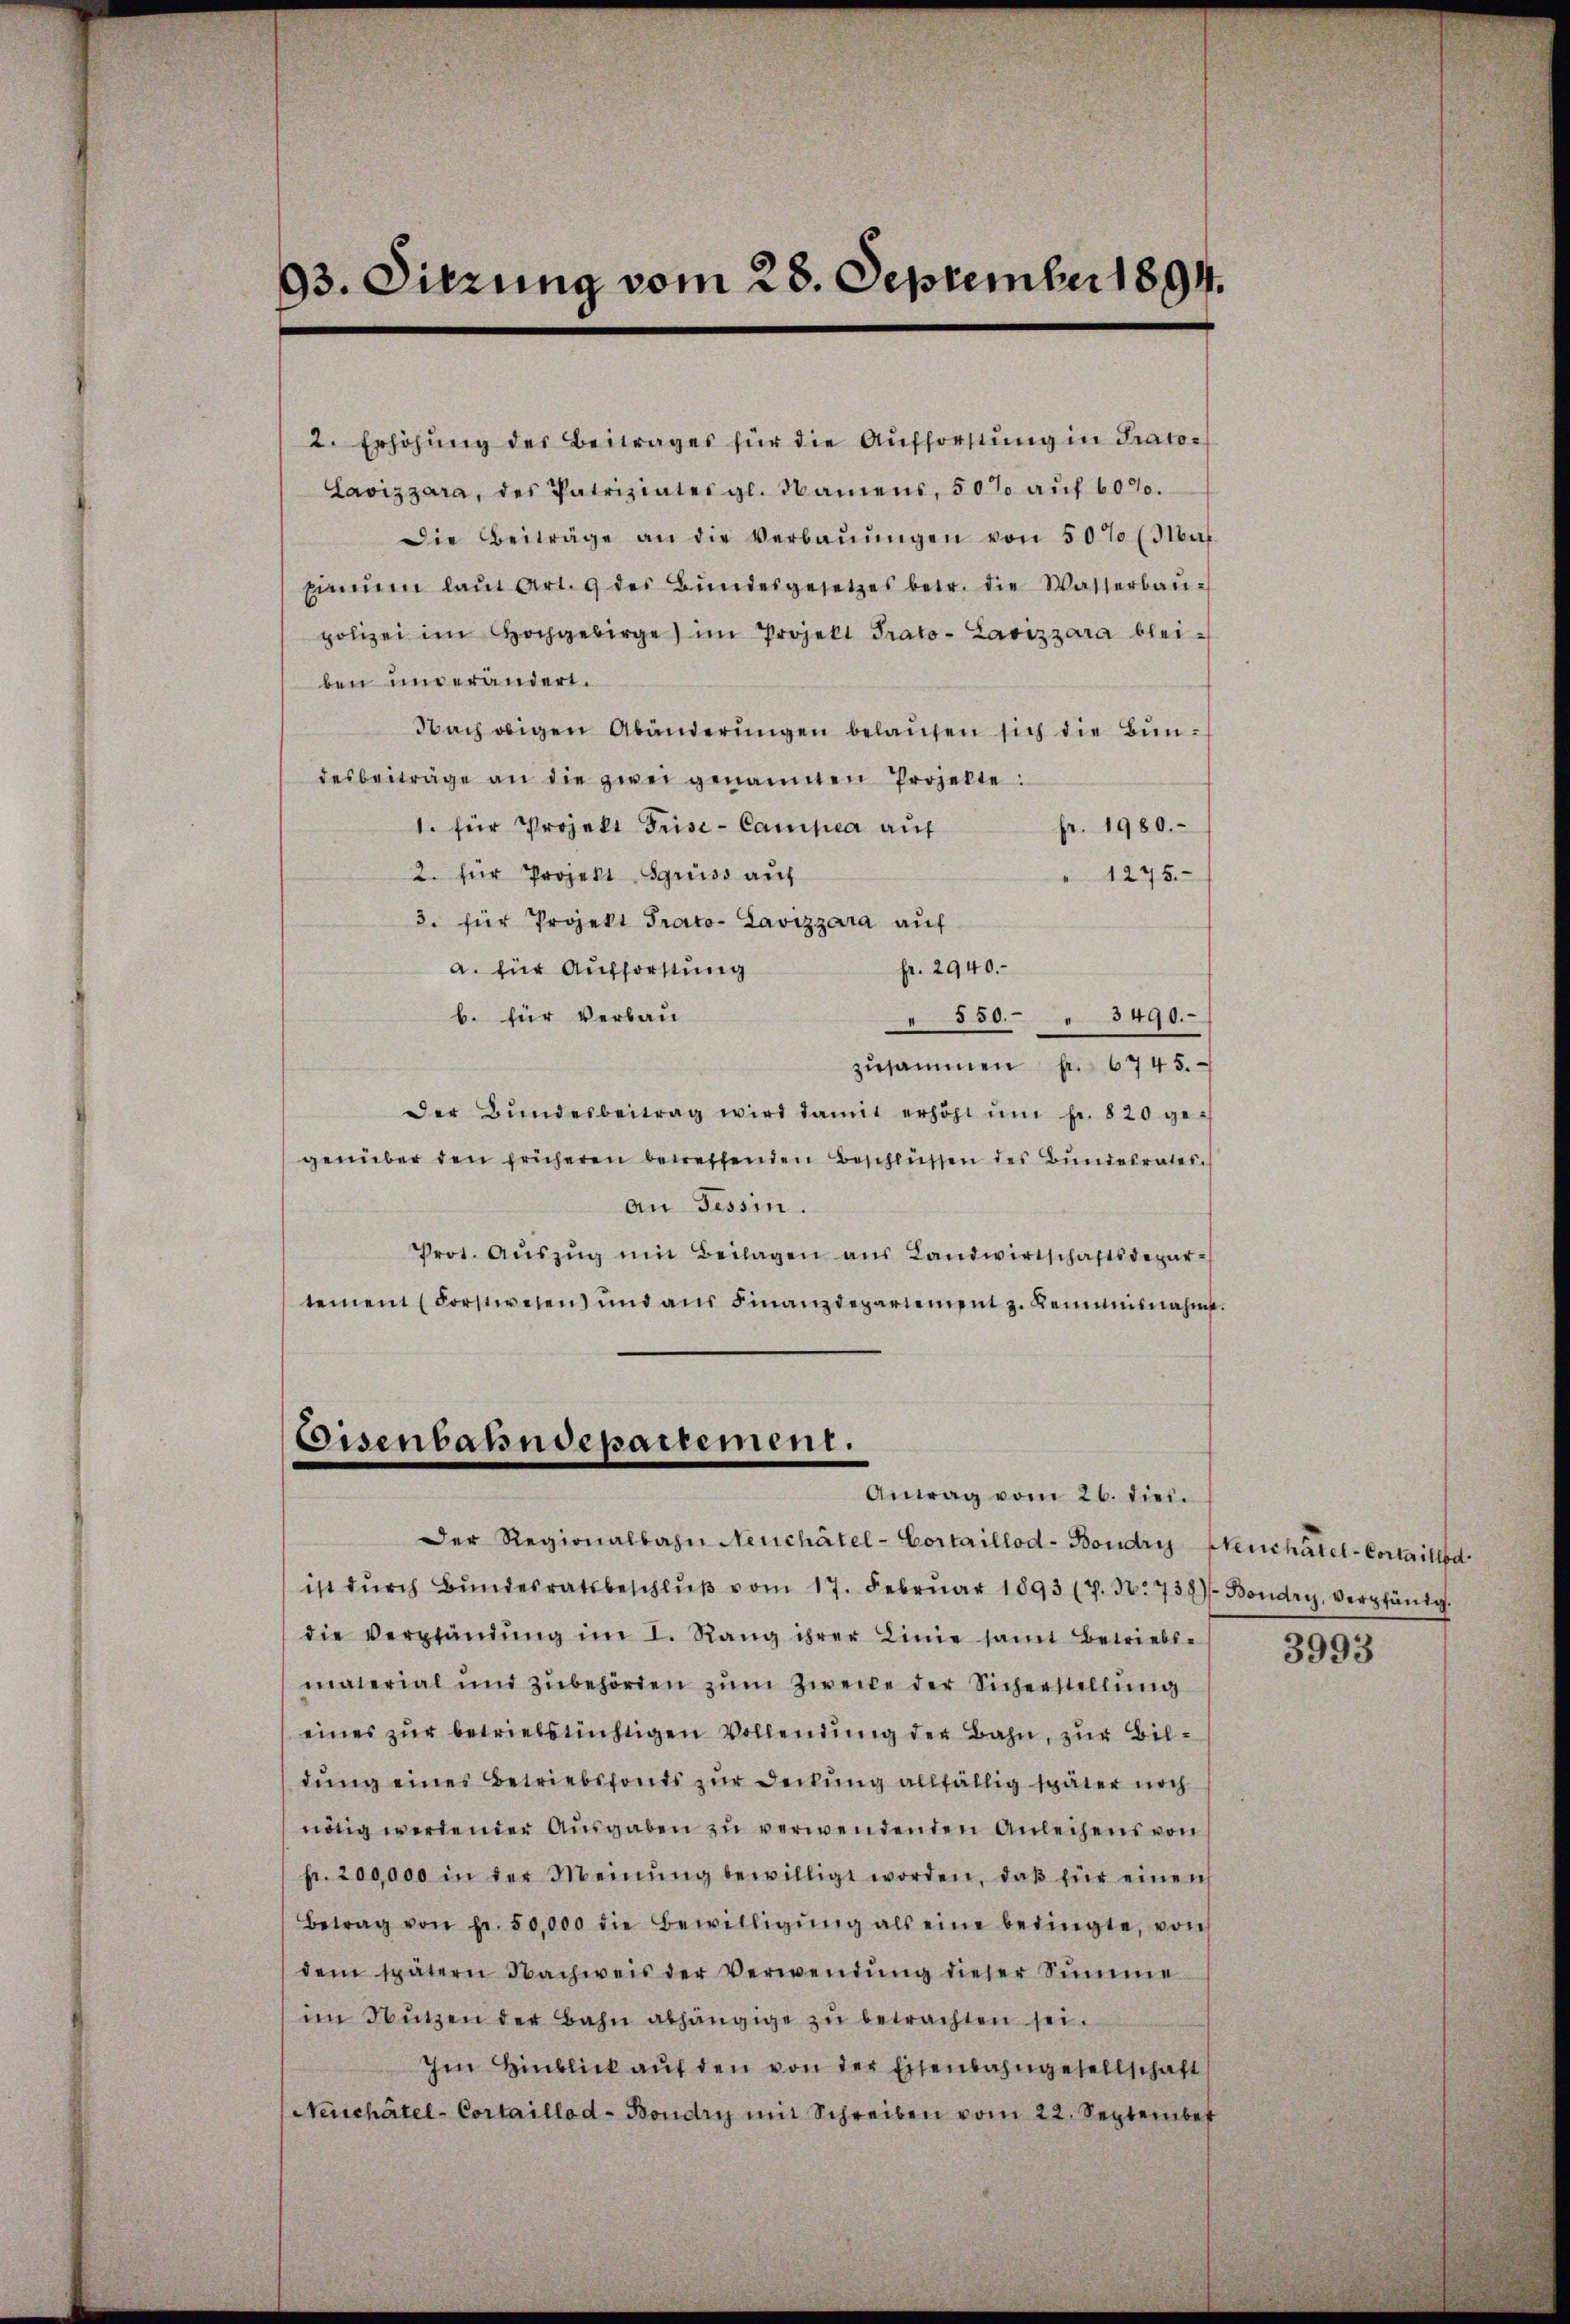
93. Sitzung vom 28. September 1894.

2. Erhöhŭng des Beitrages für die Aufforstŭng in Prato¬
Lavizzara, des Patriziates gl. Namens, 50% aŭf 60%.
Die Beiträge an die Verbaŭŭngen von 50% (Nat
pinem laŭt Art. 9 des Bŭndesgesetzes betr. die Wasserbaŭ-
polizei im Hochgebirge im Projekt Prato- Lavizzara bleiben unverändert.
Nach eigen Abänderŭngen belaŭfen sich die Bundesbeiträge an die zwei genannten Projekte:
1. für Projekt Frise- Campia auf
fr. 1980.
2. für Projekt Sgruss auf
" 1275.
3. für Projekt Prato- Lavizzara auf
fr. 2940.
a. für Aufforstung
b. für Verbau-
880. 3490.
zusammen f. 6745.
Der Bŭndesbeitrag wird damit erhöht ŭm fr. 820 ge-
genüber den früheren betreffenden Beschlüssen des Bundesrates.
An Tessin.
Prot. Aŭszŭg mit Beilagen aŭs Landwirtschaftsdepar-
temen (Forstwesen und aŭs Finanzdepartement z. Remunisnahm.

Gisenbahndepartement.
Antag vom 26. dies.

Der Regionalbahn Neuchâtel-Cortaillod-Boudry Neuchâtel-Cortaillod
ist dŭrch Bŭndesratsbeschlŭβ vom 17. Febrŭar 1893 (7. 30. 734). Boudry, verpfänig.
die Verpfändung im I. Rang ihrer Linie samt Betriebs-
material und zŭbehörden zŭm Zwecke der Sicherstellung
eines zŭr betriebstüchtigen Vollendung der Bahn, zur Bildung eines Betriebsfonds zur Deckung allfällig später noch
nötig werdender Aŭsgaben zŭ verwendenden Anleihens von
fr. 200,000 in der Meinŭng bewilligt worden, daβ für einen
Betrag von Fr. 50,000 die Bewilligŭng als eine bedingte, von
dem spätern Nachweis der Verwendŭng dieser Sŭmme
im Nŭtzen der Bahn abhängige zu betrachten sei.
Im Hinblick auf den von der Eisenbahngesellschaft
Neuchâtel-Cortaillod-Boudry mit Schreiben vom 22. September

3993